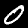
Label: 0